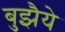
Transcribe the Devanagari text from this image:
बुझैये